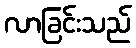
လာခြင်းသည်